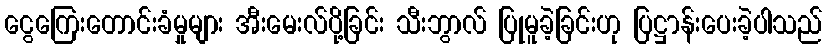
ငွေကြေးတောင်းခံမှုများ အီးမေးလ်ပို့ခြင်း သီးဘွာလ် ပြုမူခဲ့ခြင်းဟု ပြဋ္ဌာန်းပေးခဲ့ပါသည်